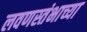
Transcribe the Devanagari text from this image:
लवणस्तंभाच्या